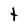
Character: t